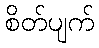
စိတ်ပျက်